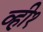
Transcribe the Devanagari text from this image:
व्ही१